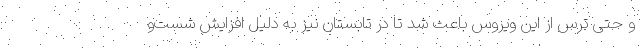
و حتی ترس از این ویروس باعث شد تا در تابستان نیز به دلیل افزایش شست‌و